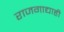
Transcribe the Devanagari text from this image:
राजगाद्याही